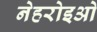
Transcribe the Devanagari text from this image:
नेहरोइओ